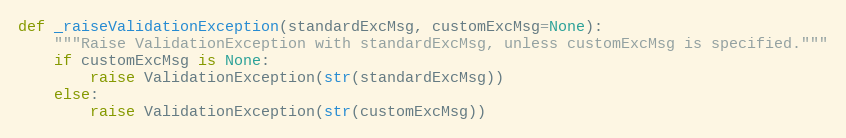
Language: Python
def _raiseValidationException(standardExcMsg, customExcMsg=None):
    """Raise ValidationException with standardExcMsg, unless customExcMsg is specified."""
    if customExcMsg is None:
        raise ValidationException(str(standardExcMsg))
    else:
        raise ValidationException(str(customExcMsg))